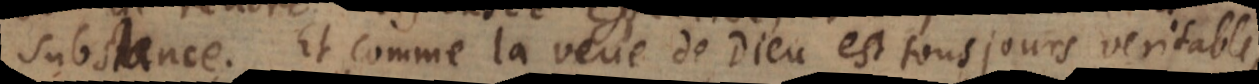
substance. Et comme la veue de Dieu est tousjours veritable,